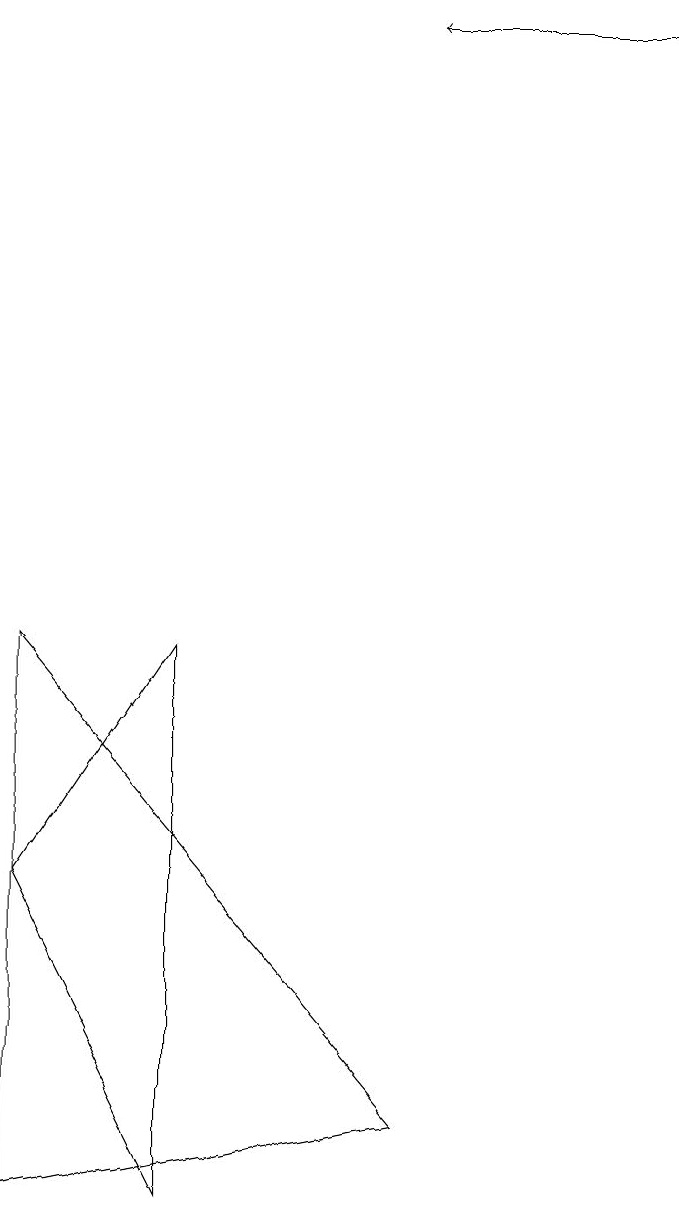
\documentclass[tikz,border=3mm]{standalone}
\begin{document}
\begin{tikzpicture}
\draw (3,9) -- (3,2) -- (1,6) -- cycle;
\draw (1,2) -- (6,3) -- (1,9) -- cycle;
\draw[->] (9,17) -- (6,17);
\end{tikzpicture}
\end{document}